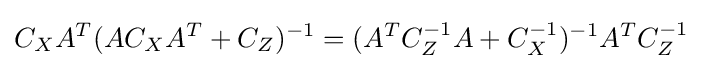
C_{X}A^{T}(AC_{X}A^{T}+C_{Z})^{-1}=(A^{T}C_{Z}^{-1}A+C_{X}^{-1})^{-1}A^{T}C_{Z}^{-1}